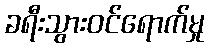
ခရီးသွားဝင်ရောက်မှု